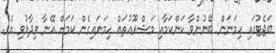
ބަޖެޓުގައި ހިމަނަން ބޭނުންވާ ކަންކަމާއި މަޝްރޫއުތައް ހިމަނައިގެން ކަމަށް އޭނާ ވިދާޅުވި އެވެ.